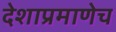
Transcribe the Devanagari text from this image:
देशाप्रमाणेच